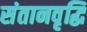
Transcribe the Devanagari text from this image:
संतानवृद्धि